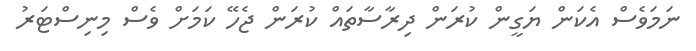
ނަަމަވެސް އެކަން ޔަގީން ކުރަން ދިރާސާތައް ކުރަން ޖެހޭ ކަމަށް ވެސް މިނިސްޓަރު